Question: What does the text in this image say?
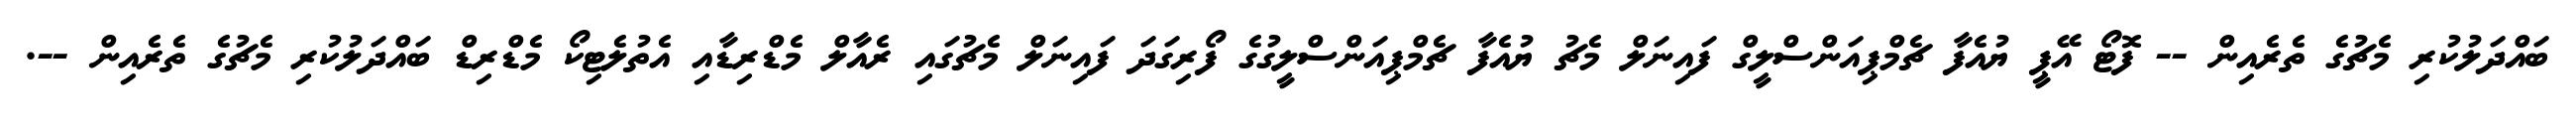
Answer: ބައްދަލުކުރި މެޗުގެ ތެރެއިން -- ފޮޓޯ އޭޕީ ޔުއެފާ ޗެމްޕިއަންސްލީގް ފައިނަލް މެޗު ޔުއެފާ ޗެމްޕިއަންސްލީގުގެ ފޯރިގަދަ ފައިނަލް މެޗުގައި ރެއާލް މެޑްރިޑާއި އެތުލެޓިކޯ މެޑްރިޑް ބައްދަލުކުރި މެޗުގެ ތެރެއިން --.